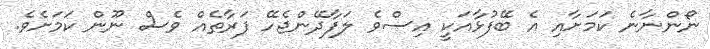
ނޯންނާނެ ކަމަށާއި އެ ބޭފުޅާއަކީ އިސްވެ ލަފާދޭންޖެހޭ ފަރާތެއް ވެސް ނޫން ކަމަށެވެ.